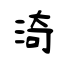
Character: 渏